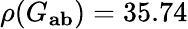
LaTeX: \rho(G_{\mathbf{ab}})=35.74